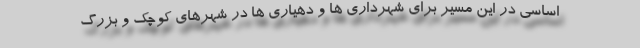
اساسی در این مسیر برای شهرداری ها و دهیاری ها در شهرهای کوچک و بزرگ